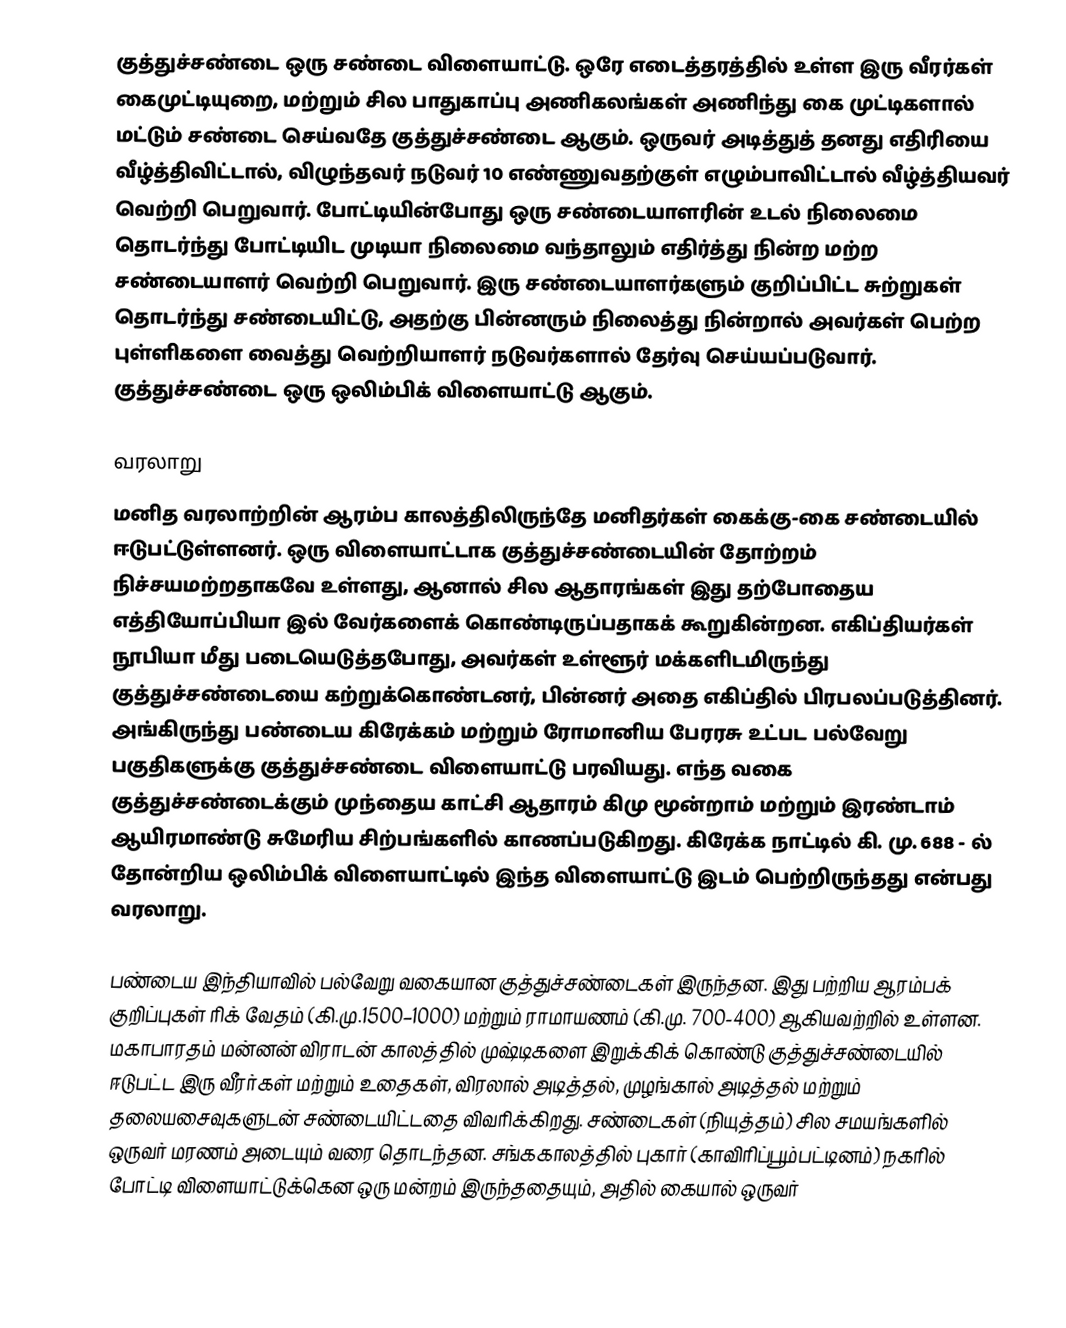
குத்துச்சண்டை ஒரு சண்டை விளையாட்டு. ஒரே எடைத்தரத்தில் உள்ள இரு வீரர்கள் கைமுட்டியுறை, மற்றும் சில பாதுகாப்பு அணிகலங்கள் அணிந்து கை முட்டிகளால் மட்டும் சண்டை செய்வதே குத்துச்சண்டை ஆகும். ஒருவர் அடித்துத் தனது எதிரியை வீழ்த்திவிட்டால், விழுந்தவர் நடுவர் 10 எண்ணுவதற்குள் எழும்பாவிட்டால் வீழ்த்தியவர் வெற்றி பெறுவார். போட்டியின்போது ஒரு சண்டையாளரின் உடல் நிலைமை தொடர்ந்து போட்டியிட முடியா நிலைமை வந்தாலும் எதிர்த்து நின்ற மற்ற சண்டையாளர் வெற்றி பெறுவார். இரு சண்டையாளர்களும் குறிப்பிட்ட சுற்றுகள் தொடர்ந்து சண்டையிட்டு, அதற்கு பின்னரும் நிலைத்து நின்றால் அவர்கள் பெற்ற புள்ளிகளை வைத்து வெற்றியாளர் நடுவர்களால் தேர்வு செய்யப்படுவார். குத்துச்சண்டை ஒரு ஒலிம்பிக் விளையாட்டு ஆகும்.

வரலாறு
மனித வரலாற்றின் ஆரம்ப காலத்திலிருந்தே மனிதர்கள் கைக்கு-கை சண்டையில் ஈடுபட்டுள்ளனர். ஒரு விளையாட்டாக குத்துச்சண்டையின் தோற்றம் நிச்சயமற்றதாகவே உள்ளது, ஆனால் சில ஆதாரங்கள் இது தற்போதைய எத்தியோப்பியா இல் வேர்களைக் கொண்டிருப்பதாகக் கூறுகின்றன. எகிப்தியர்கள் நூபியா மீது படையெடுத்தபோது, அவர்கள் உள்ளூர் மக்களிடமிருந்து குத்துச்சண்டையை கற்றுக்கொண்டனர், பின்னர் அதை எகிப்தில் பிரபலப்படுத்தினர். அங்கிருந்து பண்டைய  கிரேக்கம் மற்றும் ரோமானிய பேரரசு உட்பட பல்வேறு பகுதிகளுக்கு குத்துச்சண்டை விளையாட்டு பரவியது. எந்த வகை குத்துச்சண்டைக்கும் முந்தைய காட்சி ஆதாரம் கிமு மூன்றாம் மற்றும் இரண்டாம் ஆயிரமாண்டு சுமேரிய சிற்பங்களில் காணப்படுகிறது. கிரேக்க நாட்டில் கி. மு. 688 - ல் தோன்றிய ஒலிம்பிக் விளையாட்டில் இந்த விளையாட்டு இடம் பெற்றிருந்தது என்பது வரலாறு.

பண்டைய இந்தியாவில் பல்வேறு வகையான குத்துச்சண்டைகள் இருந்தன. இது  பற்றிய ஆரம்பக் குறிப்புகள் ரிக் வேதம் (கி.மு.1500–1000) மற்றும் ராமாயணம் (கி.மு. 700-400) ஆகியவற்றில் உள்ளன. மகாபாரதம் மன்னன் விராடன் காலத்தில் முஷ்டிகளை இறுக்கிக் கொண்டு குத்துச்சண்டையில் ஈடுபட்ட இரு வீரர்கள் மற்றும் உதைகள், விரலால் அடித்தல், முழங்கால் அடித்தல் மற்றும் தலையசைவுகளுடன் சண்டையிட்டதை விவரிக்கிறது. சண்டைகள் (நியுத்தம்) சில சமயங்களில் ஒருவர் மரணம் அடையும் வரை தொடந்தன. சங்ககாலத்தில் புகார் (காவிரிப்பூம்பட்டினம்) நகரில் போட்டி விளையாட்டுக்கென ஒரு மன்றம் இருந்ததையும், அதில் கையால் ஒருவர்